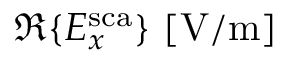
\Re \{ E _ { x } ^ { \mathrm { s c a } } \} ~ [ \mathrm { V / m } ]